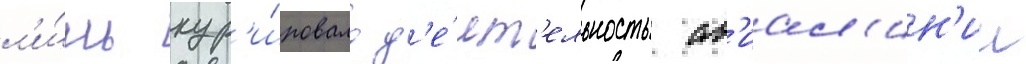
л'и́шь кур'и́ровало д'е́ят'ельность ав'иал'ин'ии